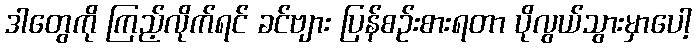
ဒါတွေကို ကြည့်လိုက်ရင် ခင်ဗျား ပြန်စဉ်းစားရတာ ပိုလွယ်သွားမှာပေါ့